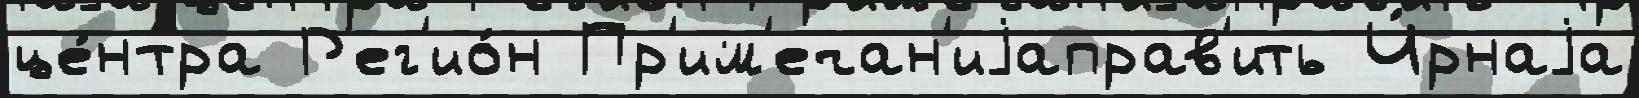
це́нтра Р'ег'ио́н Пр'им'ечан'иjаправ'ить Ч́рнаjа